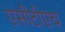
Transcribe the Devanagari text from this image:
एसीटीएच